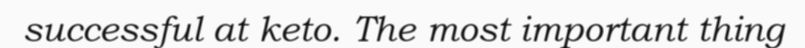
successful at keto. The most important thing